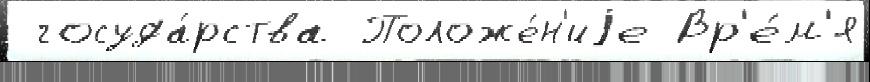
 госуда́рства Положе́н'иjе Вр'е́м'я